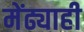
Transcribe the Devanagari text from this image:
मेंढ्याही